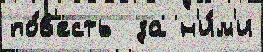
по́в'есть  за н'и́м'и